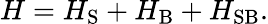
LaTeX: H=H_{\mathrm{S}}+H_{\mathrm{B}}+H_{\mathrm{SB}}.